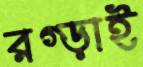
রগ্‌ড়াই